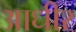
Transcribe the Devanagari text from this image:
आधीर